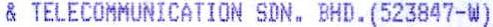
& TELECOMMUNICATION SDN. BHD. (523847-W)